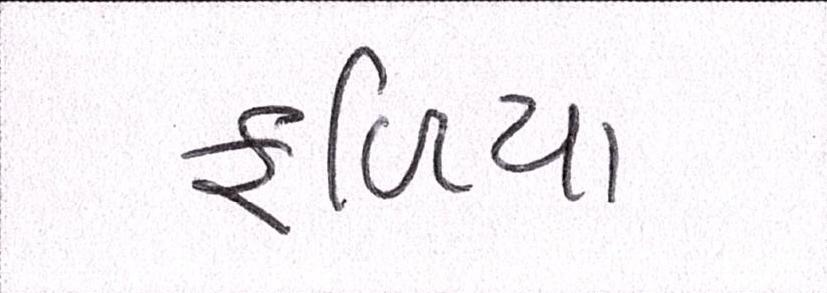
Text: ફળિયા